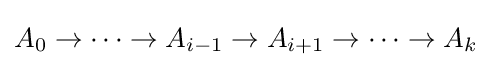
A_{0}\to \cdots \to A_{i-1}\to A_{i+1}\to \cdots \to A_{k}